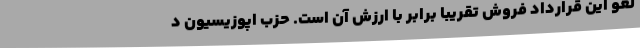
لغو این قرارداد فروش تقریبا برابر با ارزش آن است. حزب اپوزیسیون د